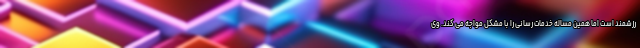
رزشمند است اما همین مساله خدمات رسانی را با مشکل مواجه می کند. وی